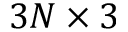
3 N \times 3